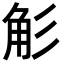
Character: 𮗢